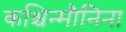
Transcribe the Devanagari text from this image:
कश्चिन्मौनिना